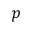
p